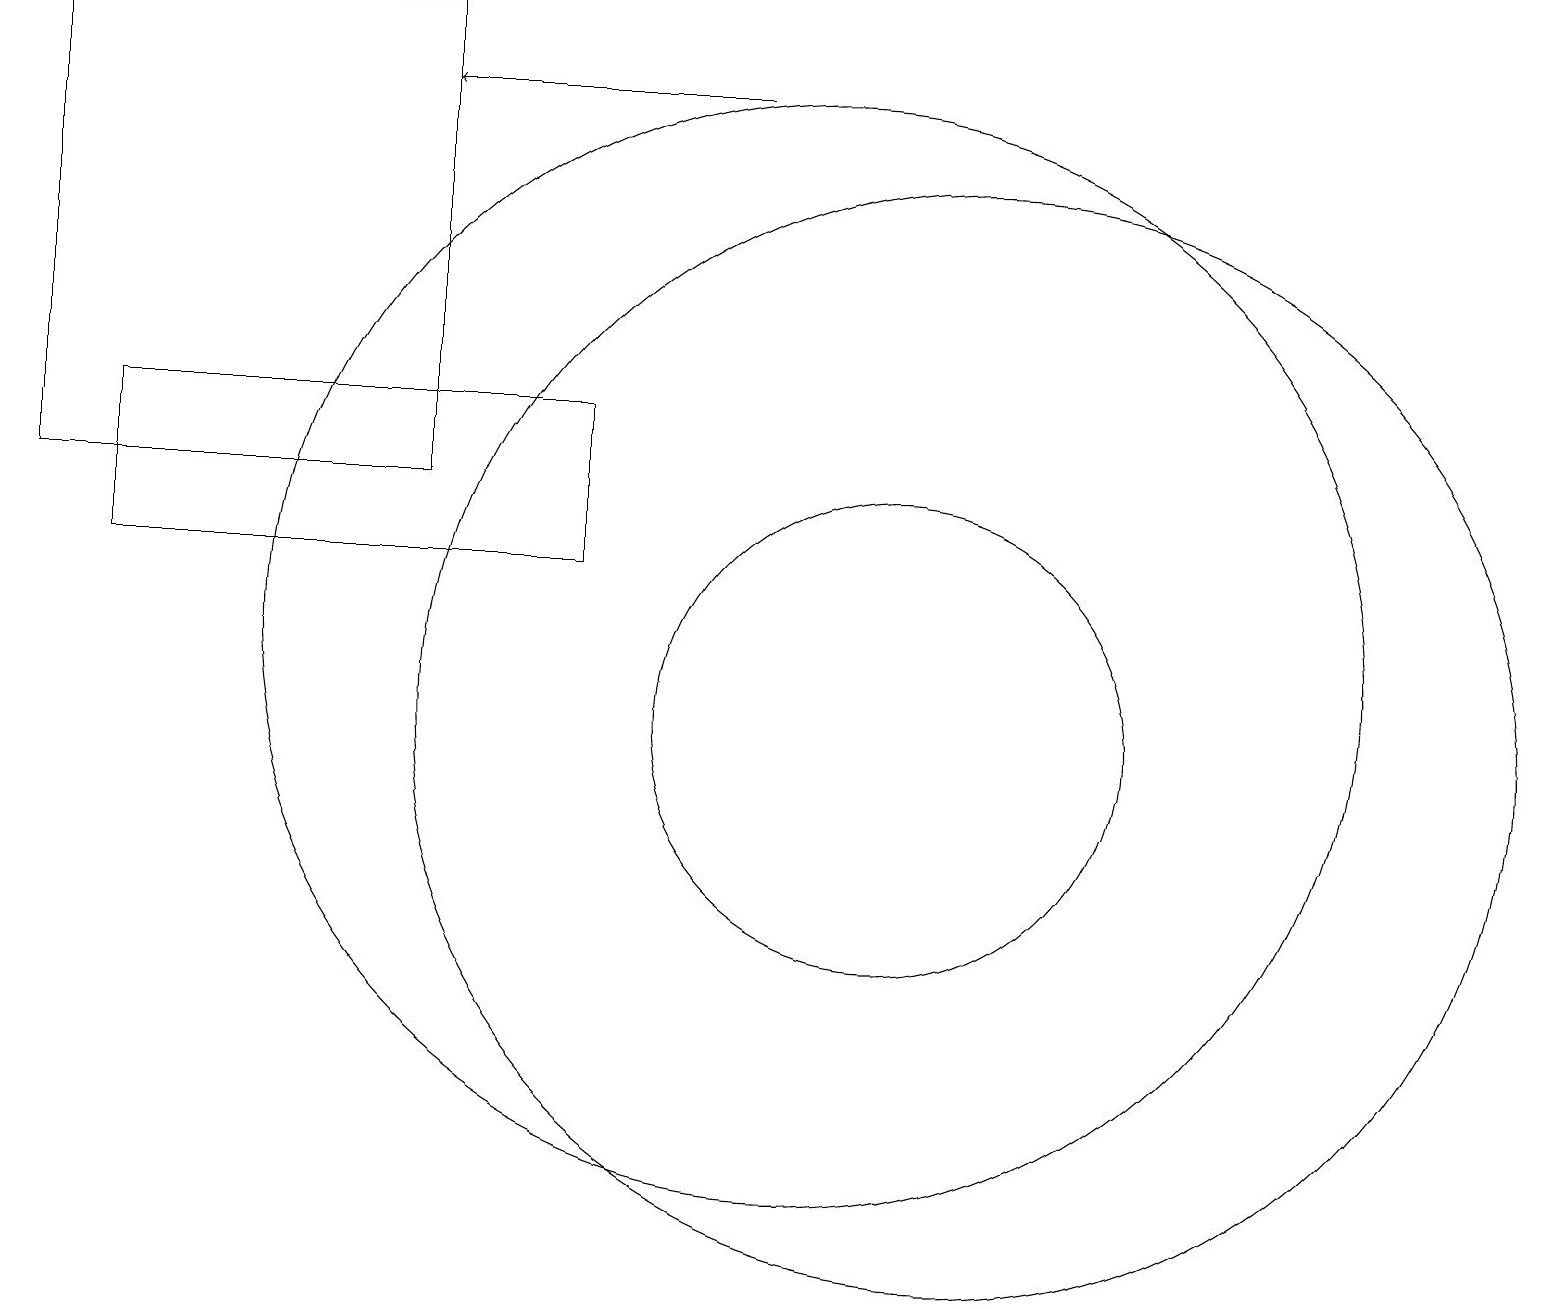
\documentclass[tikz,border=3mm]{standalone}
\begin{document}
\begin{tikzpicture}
\draw[->] (9,18) -- (5,18);
\draw (12,10) circle (7);
\draw (7,14) rectangle (1,12);
\draw (5,13) rectangle (0,19);
\draw (10,11) circle (7);
\draw (11,10) circle (3);
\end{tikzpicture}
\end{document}